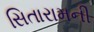
સિતારામની